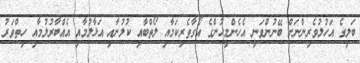
ބަލީގެ އަހުލުވެރިންނަށް ބޭނުންވަނީ އެހެންމީހުންގެ އޯގާތެރިކަމާއި ލޯތްބާއި ކުލުނާއި އަޅާލުމާއި އެއްބާރުލުމާއި ހިތްވަރު